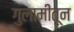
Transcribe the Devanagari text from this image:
गुलामीतून